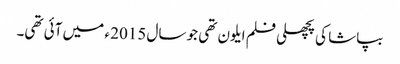
بپاشا کی پچھلی فلم ایلون تھی جو سال 2015 ء میں آئی تھی۔